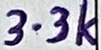
Text: 3.3k